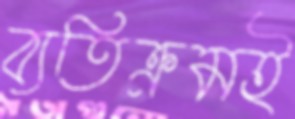
ব্যতিক্রমই